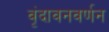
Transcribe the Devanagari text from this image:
वृंदावनवर्णन